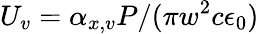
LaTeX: U_{v}=\alpha_{x,v}P/(\pi w^{2}c\epsilon_{0})